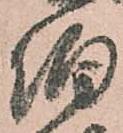
伯